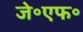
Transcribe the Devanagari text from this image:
जे॰एफ॰